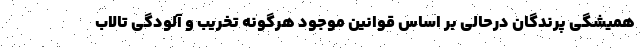
همیشگی پرندگان درحالی بر اساس قوانین موجود هرگونه تخریب و آلودگی تالاب